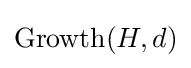
\operatorname {Growth} (H,d)